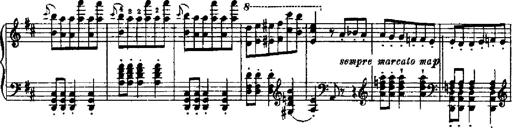
Title: RÃ©miniscences de Robert le diable
Composer: Franz Liszt